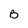
Character: B